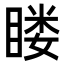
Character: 䁖